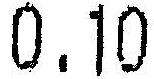
0.10